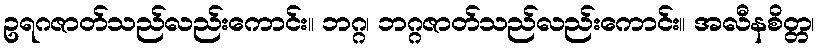
ဥရဂဇာတ်သည်လည်းကောင်း။ ဘဂ္ဂ၊ ဘဂ္ဂဇာတ်သည်လည်းကောင်း။ အလီနစိတ္တ၊